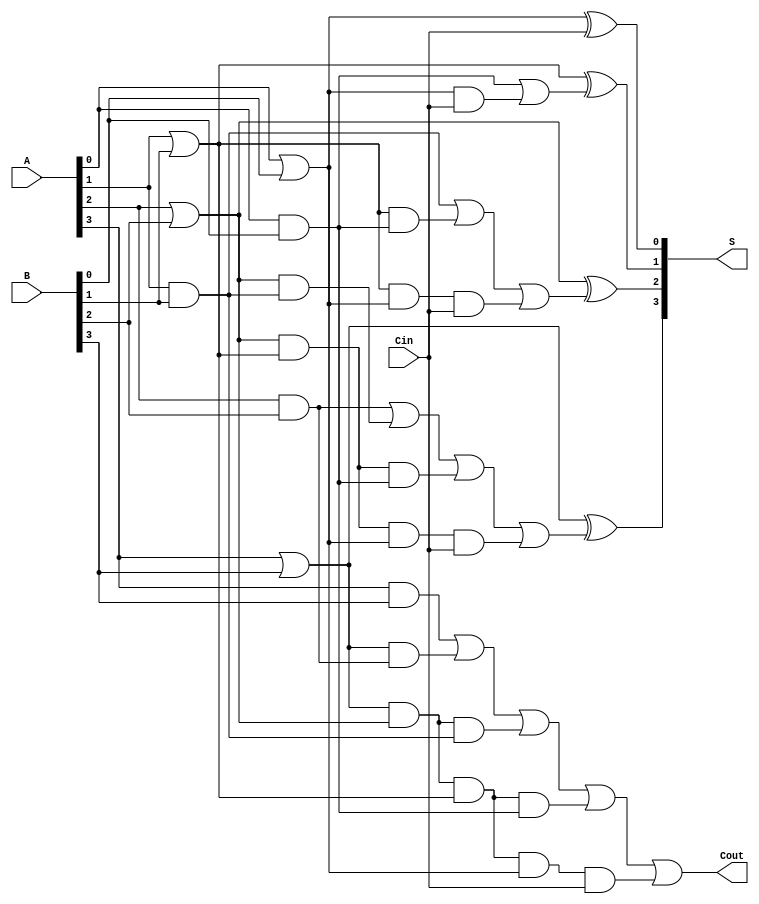
module CSPA #(parameter N = 4) (
    input [N-1:0] A,       // First operand
    input [N-1:0] B,       // Second operand
    input Cin,             // Carry-in
    output [N-1:0] S,      // Sum output
    output Cout            // Carry-out
);

wire [N-1:0] G;         // Generate
wire [N-1:0] P;         // Propagate
wire [N:0] C;           // Carry signals

// Generate and Propagate Calculation
genvar i;
generate
    for (i = 0; i < N; i = i + 1) begin : gp_calc
        assign G[i] = A[i] & B[i];     // Generate
        assign P[i] = A[i] | B[i];     // Propagate
    end
endgenerate

// Carry computation based on Kogge-Stone or Brent-Kung prefix structure
assign C[0] = Cin; // Initial carry-in
assign C[1] = G[0] | (P[0] & C[0]);
assign C[2] = G[1] | (P[1] & G[0]) | (P[1] & P[0] & C[0]);
assign C[3] = G[2] | (P[2] & G[1]) | (P[2] & P[1] & G[0]) | (P[2] & P[1] & P[0] & C[0]);
assign C[4] = G[3] | (P[3] & G[2]) | (P[3] & P[2] & G[1]) | (P[3] & P[2] & P[1] & G[0]) | (P[3] & P[2] & P[1] & P[0] & C[0]);

// Sum Calculation
generate
    for (i = 0; i < N; i = i + 1) begin : sum_calc
        assign S[i] = P[i] ^ C[i];  // Sum output
    end
endgenerate

// Final carry-out
assign Cout = C[N]; // Carry-out from the last block

endmodule